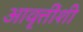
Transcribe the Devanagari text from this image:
आवृत्तींशी